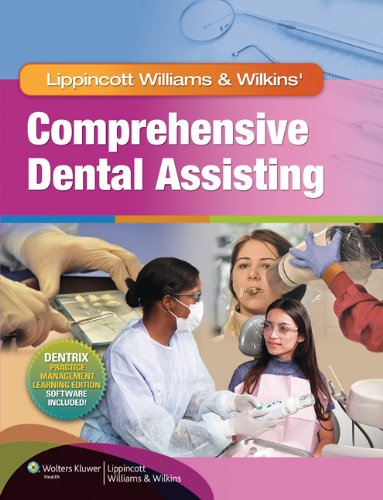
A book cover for Lippincott Williams & Wilkins' Comprehensive Dental Assisting; Lippincott Williams & Wilkins; Medical Books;